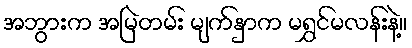
အဘွားက အမြဲတမ်း မျက်နှာက မရွှင်မလန်းနဲ့။